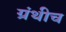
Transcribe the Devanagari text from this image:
ग्रंथीच